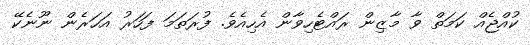
ކުއްޖެއް ކަމަތް ވާ މާޒިން ރައްޓެހިވާން އެހިއެވެ. ފުރަތަމަ ފަހަރު އަހަރެން ނޫނެކޭ